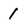
Character: 1